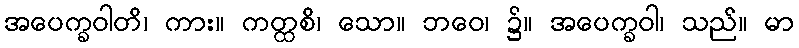
အပေက္ခဝါတိ၊ ကား။ ကတ္ထစိ၊ သော။ ဘဝေ၊ ၌။ အပေက္ခဝါ၊ သည်။ မာ